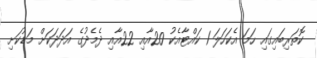
ކޮތަރިބައިގައި ހަމަ އެކަހަލަ 1 ކައްޓާއެކު 20އާއި 22އާއި ދެމެދުގެ އަދަދަކަށް މަޑުކަށި